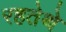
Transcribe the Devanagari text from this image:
रहतेथे